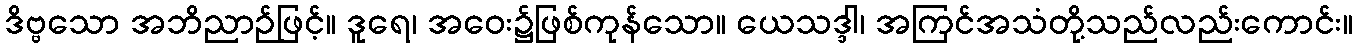
ဒိဗ္ဗသော အဘိညာဉ်ဖြင့်။ ဒူရေ၊ အဝေး၌ဖြစ်ကုန်သော။ ယေသဒ္ဒါ၊ အကြင်အသံတို့သည်လည်းကောင်း။